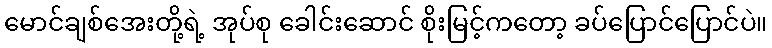
မောင်ချစ်အေးတို့ရဲ့ အုပ်စု ခေါင်းဆောင် စိုးမြင့်ကတော့ ခပ်ပြောင်ပြောင်ပဲ။